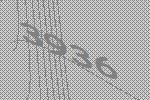
3936